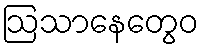
ဩသာနေတွေဝ